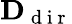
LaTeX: \mathbf{D}_{\mathrm{~d~i~r~}}